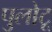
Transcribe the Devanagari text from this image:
पुलोटू